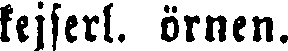
kejserl. örnen.